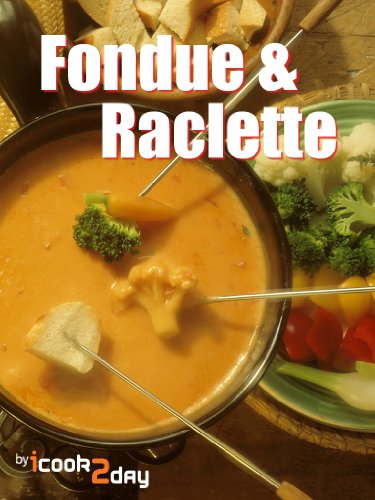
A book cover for Fondue & Raclette; icook2daY; Cookbooks, Food & Wine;